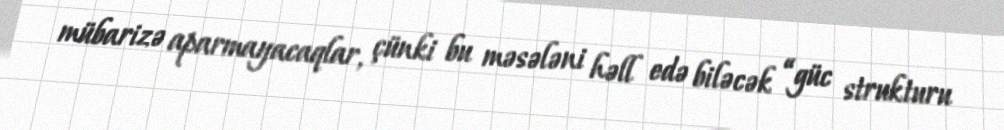
mübarizə aparmayacaqlar, çünki bu məsələni həll edə biləcək “güc strukturu